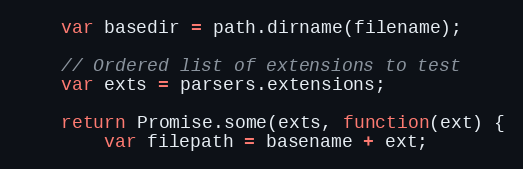
Language: JavaScript
    var basedir = path.dirname(filename);

    // Ordered list of extensions to test
    var exts = parsers.extensions;

    return Promise.some(exts, function(ext) {
        var filepath = basename + ext;